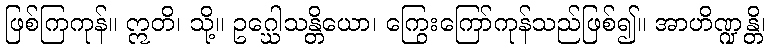
ဖြစ်ကြကုန်။ ဣတိ၊ သို့။ ဥဂ္ဃေါသန္တိယော၊ ကြွေးကြော်ကုန်သည်ဖြစ်၍။ အာဟိဏ္ဍန္တိ၊